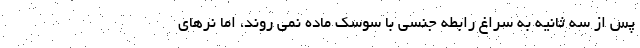
پس از سه ثانیه به سراغ رابطه جنسی با سوسک ماده نمی روند، اما نرهای